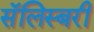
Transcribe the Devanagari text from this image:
सॅलिस्बरी